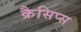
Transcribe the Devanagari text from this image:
क्रैसिप्स